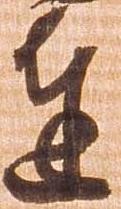
達